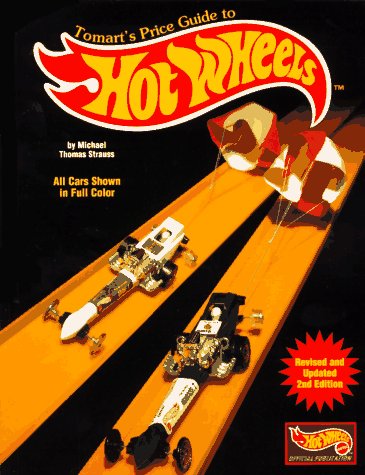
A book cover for Tomart's Price Guide to Hot Wheels: 1968-1997; Michael Thomas Strauss; Crafts, Hobbies & Home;